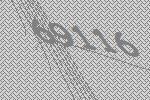
69116